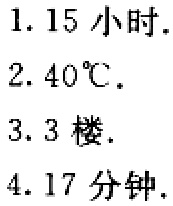
1. \(1.15\)小时.

2. \(40^{\circ}C\).

3. \(3\)楼.

4. \(17\)分钟.